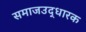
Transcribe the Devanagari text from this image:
समाजउद्धारक